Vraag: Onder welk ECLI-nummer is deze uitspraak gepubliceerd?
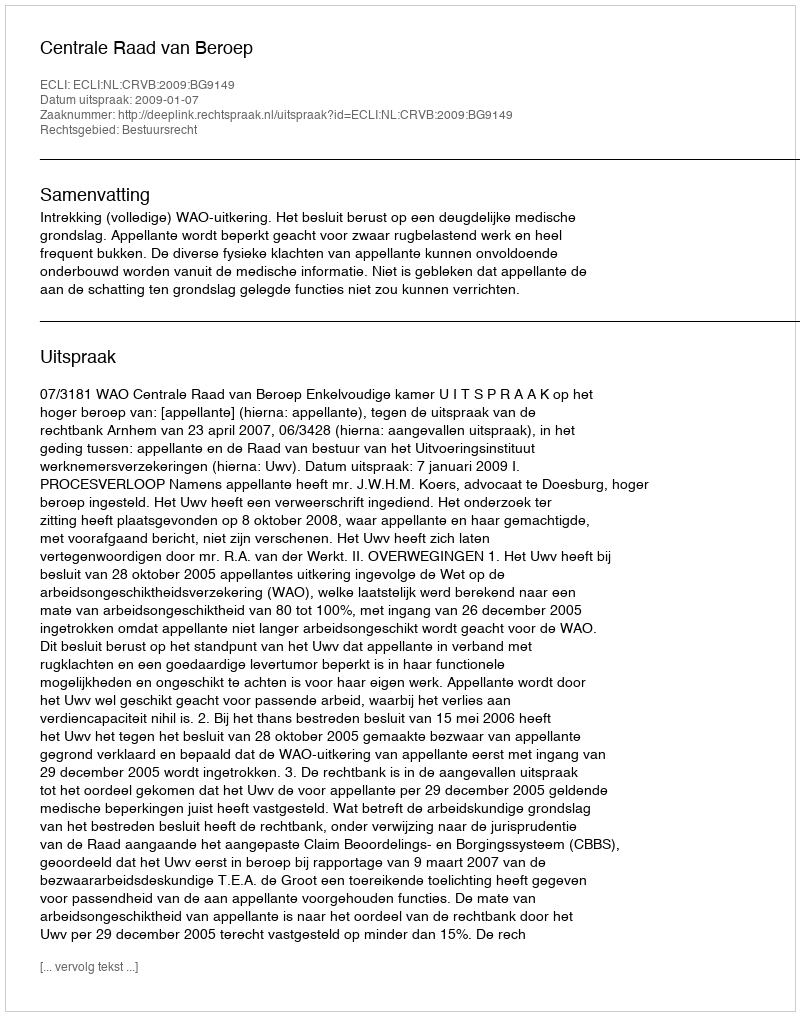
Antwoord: ECLI:NL:CRVB:2009:BG9149